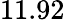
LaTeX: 11.92